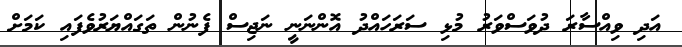
އަދި ވިއްސާރަ ދުވަސްވަރު މުޅި ސަރަހައްދު އޮންނަނީ ނަޖިސް ފެނުން ތަގައްޔަރުވެފައި ކަމަށް